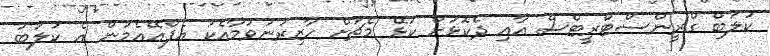
ކުލަބް ގްރީންސްޓްރީޓްސް އާއި ދެކޮޅަށް ކުޅޭ މެޗަށް ހާޒިރުނުވުމާއެކު އެފްއޭއެމުން އެ ކުލަބު